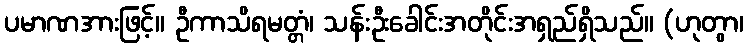
ပမာဏအားဖြင့်။ ဦကာသိရမတ္တံ၊ သန်းဦးခေါင်းအတိုင်းအရှည်ရှိသည်။ (ဟုတွာ၊